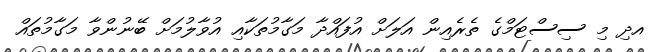
އދި މި ސިސްޓަމްގެ ތެރެއިން އަލަށް އުފައްދާ މަގާމުތަކާއި އުވާލުމަށް ބޭނުންވާ މަގާމުތައް